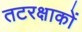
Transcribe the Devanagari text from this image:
तटरक्षाकों